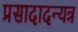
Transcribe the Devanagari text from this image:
प्रसादादन्यत्र